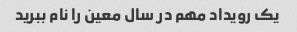
یک رویداد مهم در سال معین را نام ببرید